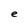
Character: e